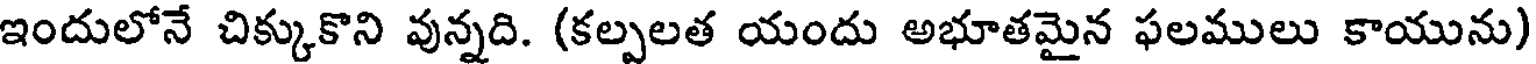
ఇందులోనే చిక్కుకొని వున్నది. (కల్పలత యందు అభూతమైన ఫలములు కాయును)